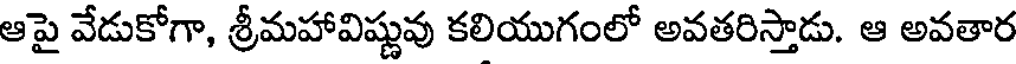
ఆపై వేడుకోగా, శ్రీమహావిష్ణువు కలియుగంలో అవతరిస్తాడు. ఆ అవతార